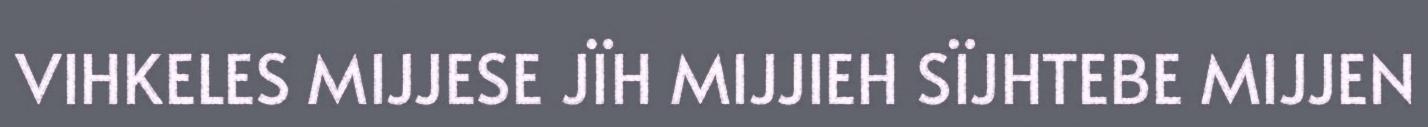
VIHKELES MIJJESE JÏH MIJJIEH SÏJHTEBE MIJJEN